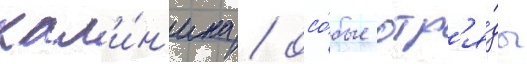
кал'и́н'ина / осо́бые отр'я́ды